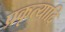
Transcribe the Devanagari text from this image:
प्रकृत्यादि